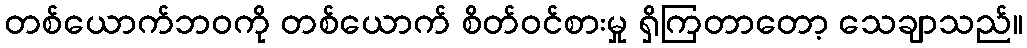
တစ်ယောက်ဘဝကို တစ်ယောက် စိတ်ဝင်စားမှု ရှိကြတာတော့ သေချာသည်။